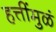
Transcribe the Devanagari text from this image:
हत्तींमुळं